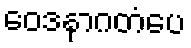
ဝေဒနာဂတံပေ